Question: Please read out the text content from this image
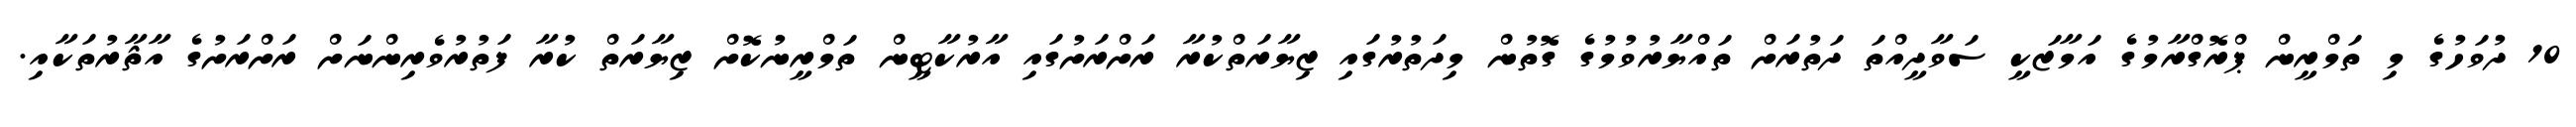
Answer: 10 ދުވަހުގެ މި ތަމްރީން ޕްރޮގްރާމުގެ އަމާޒަކީ ސަވާދީއްތަ ދަތުރަށް ތައްޔާރުވުމުގެ ގޮތުން މިދަތުރުގައި ޒިޔާރަތްކުރާ ރަށްރަށުގައި އާރުކާޓީން ތަމްރީނުކޮށް ޒިޔާރަތް ކުރާ ފަތުރުވެރިންނަށް ރަށްރަށުގެ އާޘާރުތަކާއި.